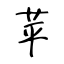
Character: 苹